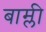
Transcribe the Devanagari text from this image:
बाम्ली